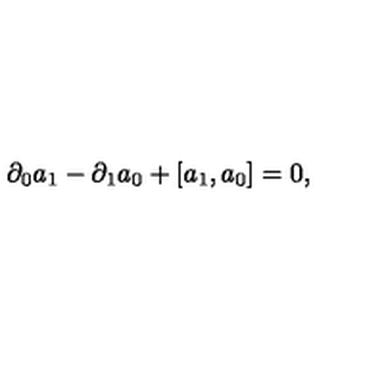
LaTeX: \partial _ { 0 } a _ { 1 } - \partial _ { 1 } a _ { 0 } + [ a _ { 1 } , a _ { 0 } ] = 0 ,